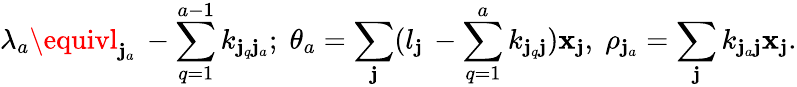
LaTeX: \lambda_{a}\equivl_{\mathbf{j}_{a}}\, -\sum_{q=1}^{a-1}k_{\mathbf{j}_{q}\mathbf{j}_{a}};\; \theta_{a}=\sum_{\mathbf{j}}(l_{\mathbf{j}}\, -\sum_{q=1}^{a}k_{\mathbf{j}_{q}\mathbf{j}})\mathbf{x}_{\mathbf{j}},\; \rho_{\mathbf{j}_{a}}=\sum_{\mathbf{j}}k_{\mathbf{j}_{a}\mathbf{j}}\mathbf{x}_{\mathbf{j}}.